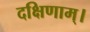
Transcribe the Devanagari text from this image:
दक्षिणाम्‌।